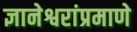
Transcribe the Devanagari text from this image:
ज्ञानेश्वरांप्रमाणे